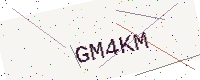
Text: GM4KM